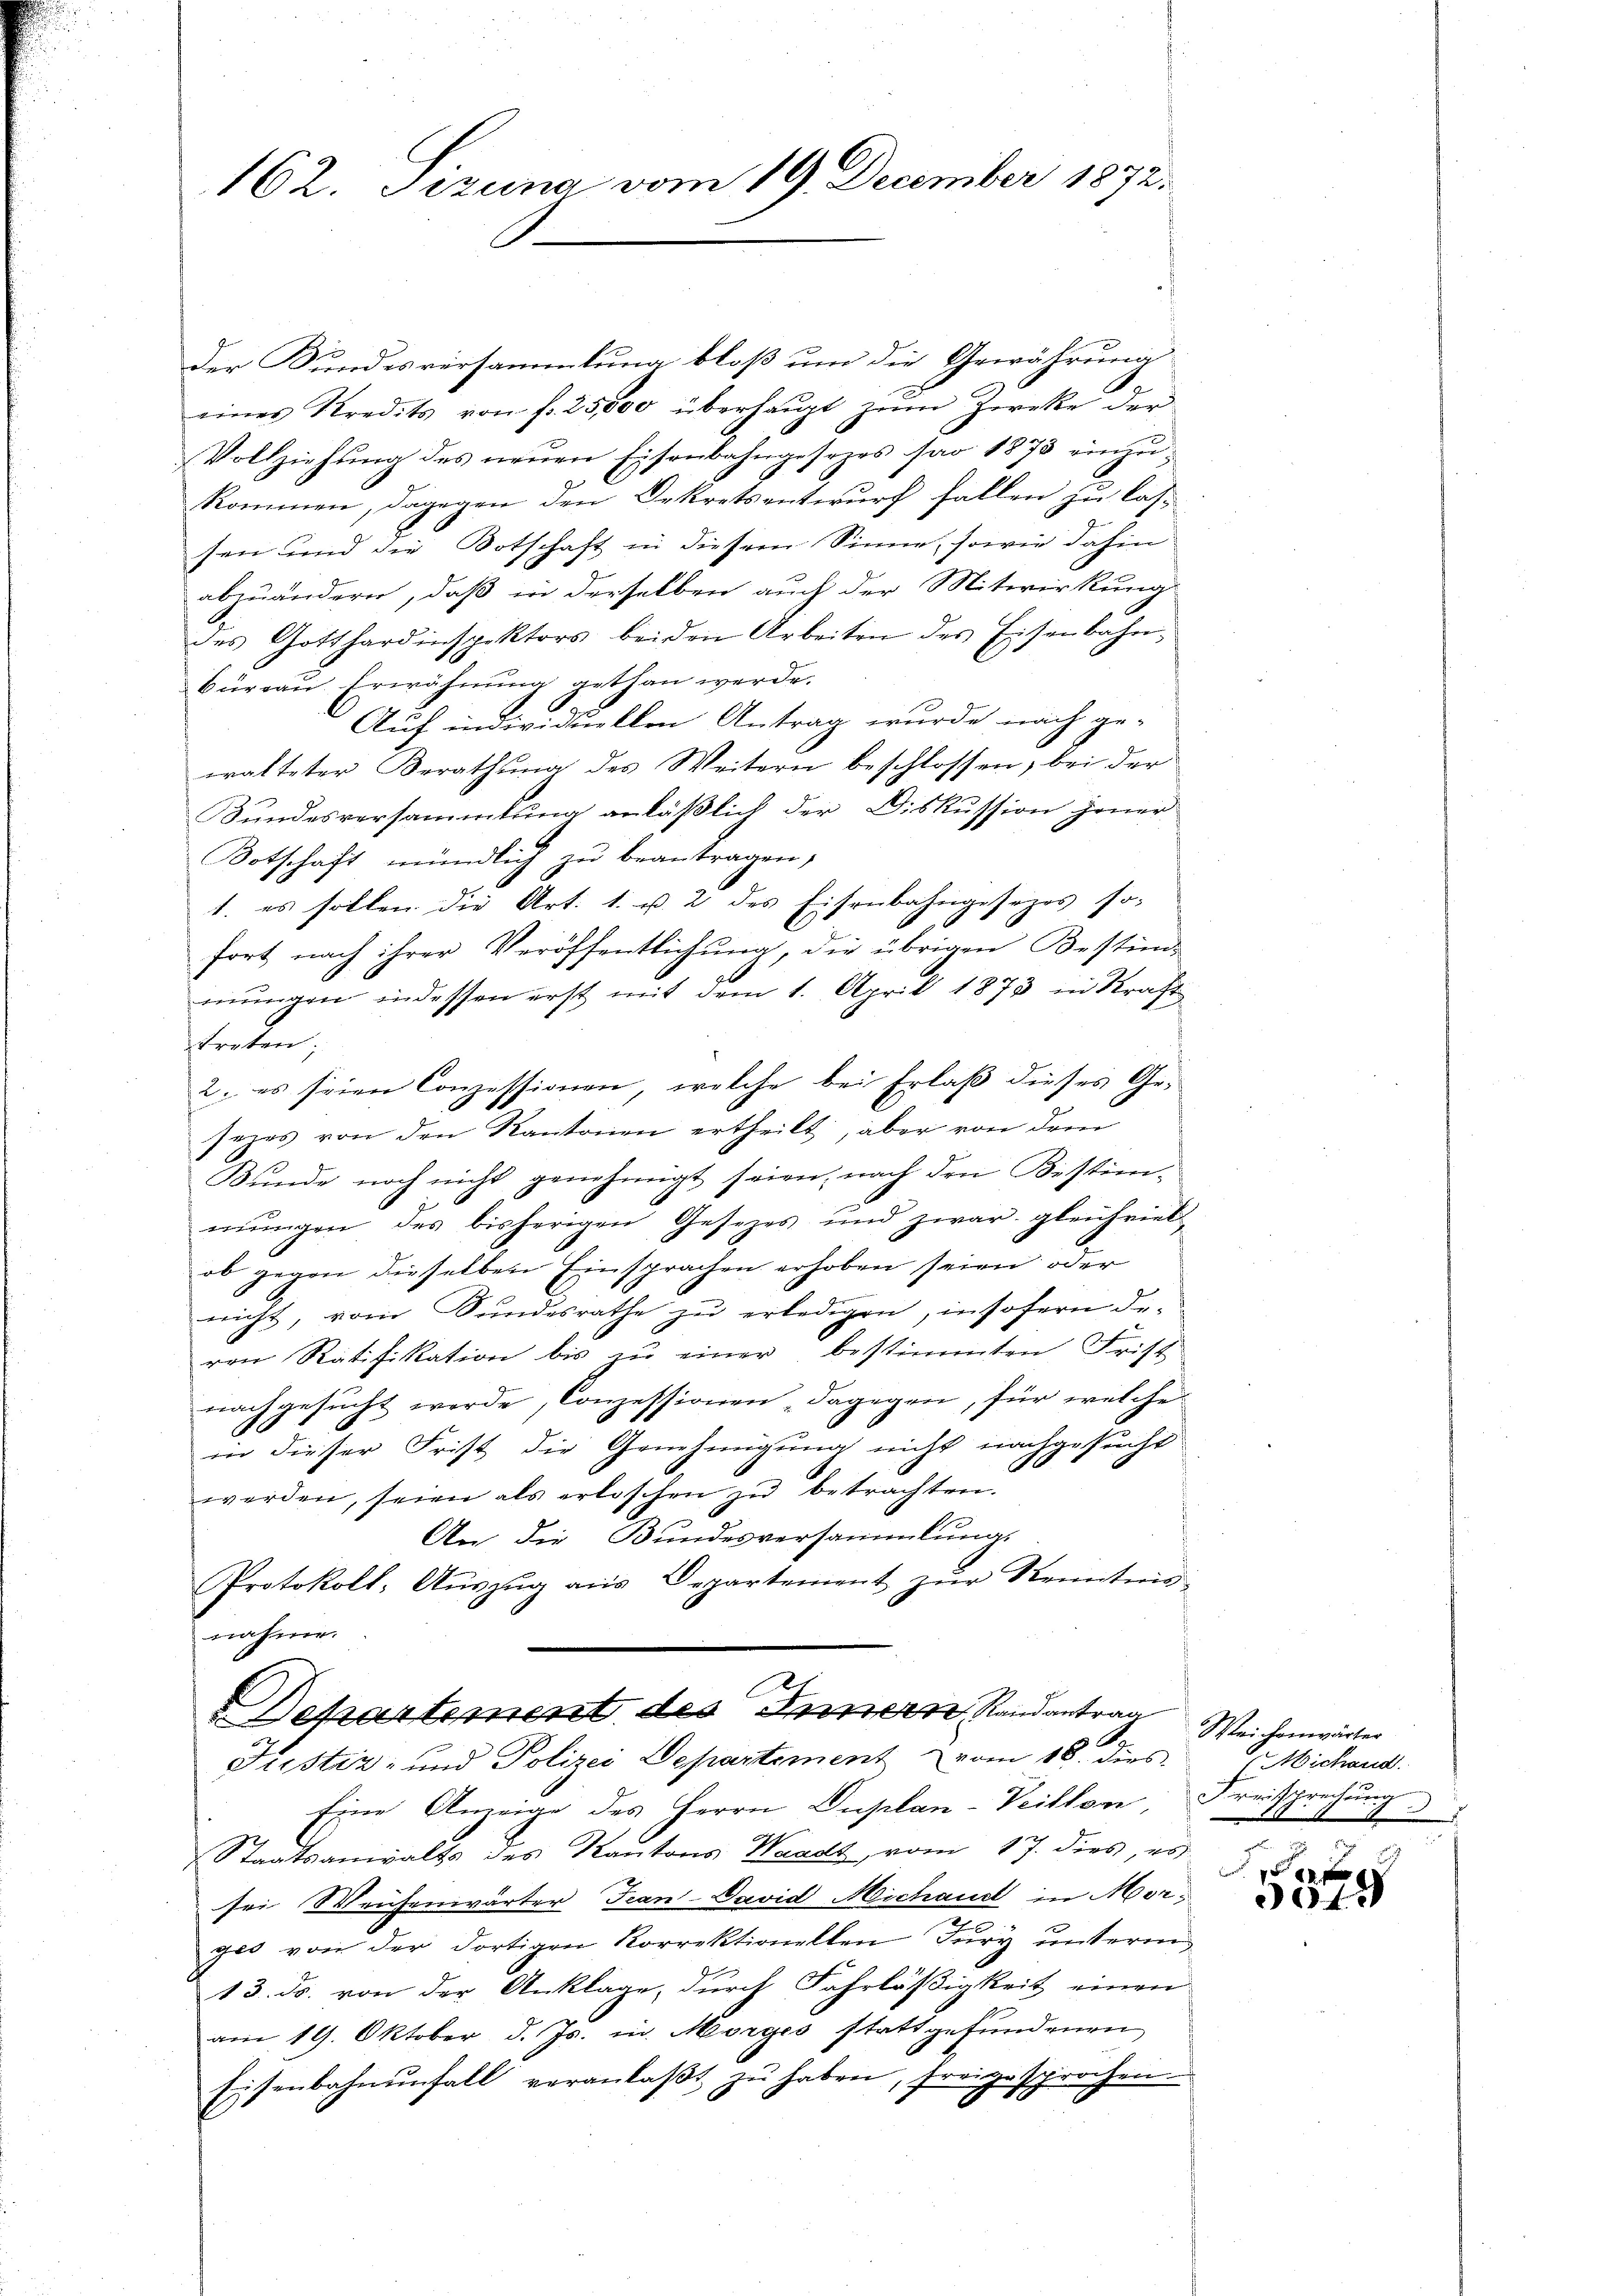
162. Sezuna vom 19. December 1872.
E

der Kundesversammlung bloß um die Gewährung
eines Kredits von f. 25,000 überhaŭpt zŭm Zwecke der
Vollziehŭng des neŭen Eisenbahngesezes pro 1873 einzŭ-
kommen, dagegen den Dekretsentwurf fallen zu lassen und die Botschaft in diesem Sinne, sowie dahin
abzuändern, daß in derselben auch der Mitwirkung
des Gotthardinspektors beiden Arbeiten des Eisenbahn-
büreaŭ Erwähnung gethan werde.
Auf individuellen Antrag wurde nach gewalteter Berathung des Weitern beschlossen, bei der
Bundesversammlung anläßlich der Diskussion jener
Botschaft mündlich zu beantragen,
1. es sollen die Art. 1. u. 2 des Eisenbahngesezes so-
fort nach ihrer Veröffentlichung, die übrigen Bestim-
mungen in dessen erst mit dem 1. April 1873 in Kraft
treten;
2. es seien Conzessionen, welche bei Erlaß dieses Ge-
sezes von den Kantonen ertheilt, aber von dem
Bunde noch nicht genehmigt seien, nach den Bestim-
mŭngen des bisherigen Gesetzes und zwar gleichrieb
ob gegen dieselben Einsprachen erhoben seien oder
nicht, von Sundesrathe zu erledigen, insofern deven Ratifikation bis zu einer bestimmten Frist
nachgesucht werde, Conzessionen dagegen, für welche
in dieser Frist die Genehmigung nicht nachgesucht
werden, seien als erloschen zŭ betrachten.
An die Bundesversammlung
Protokoll, Aŭszŭg ans Departement zŭr Kenntnis-
nahme.

Departement des Innern Randantrag
2.
Justiz- und Polizei Departement vom 18. dies

Eine Anzeige des Herrn Duplan-Veillon Freissprechung
Staatsanwalts des Kantons Waadt, vom 17. dies, es
sei Weichenwärter Fran-David Michaust in Morges von der dortigen Korrektionellen Fŭry ŭnterm
13. ds. von der Anklage, durch Fahrläßigkeit einen
am 19. Oktober d. Js. in Morges stattgefundenen
Eisenbahnŭnfall veranlaβt zŭ haben, freigesprochen

Weichenwärter
Michand.
.
00 x

3044